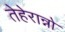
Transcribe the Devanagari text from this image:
तेहेरान्नो